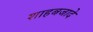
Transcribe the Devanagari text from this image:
शाहबजादे